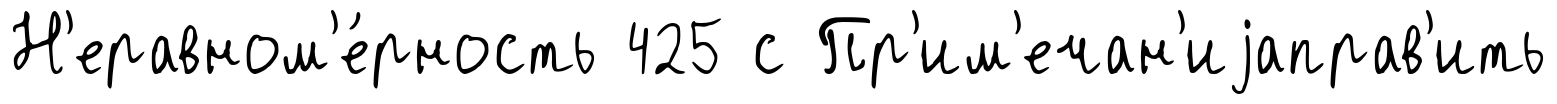
Н'еравном'е́рность 425 с Пр'им'ечан'иjаправ'ить